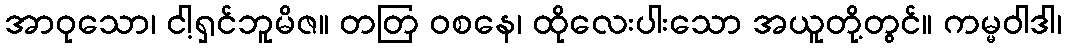
အာဝုသော၊ ငါ့ရှင်ဘူမိဇ။ တတြ ဝစနေ၊ ထိုလေးပါးသော အယူတို့တွင်။ ကမ္မဝါဒါ၊